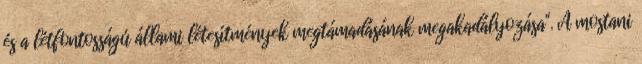
és a létfontosságú állami létesítmények megtámadásának megakadályozása". A mostani